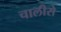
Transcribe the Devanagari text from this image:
चालीसे